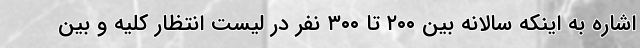
اشاره به اینکه سالانه بین ۲۰۰ تا ۳۰۰ نفر در لیست انتظار کلیه و بین